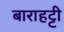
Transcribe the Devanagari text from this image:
बाराहट्टी